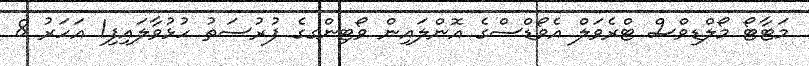
މަޓާޓޯ މޯލްޑިވްސް ޓްރެވަލް އެވޯޑްސްގެ އޮންލައިން ވޯޓިންގގެ ފުރުސަތު ހުޅުވާލައިފި1 އަހަރު 8